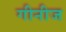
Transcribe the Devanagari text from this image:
गीनीज